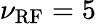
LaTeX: \nu_{\mathrm{RF}}=5